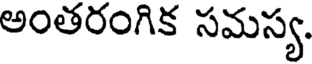
అంతరంగిక సమస్య.